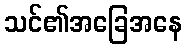
သင်၏အခြေအနေ